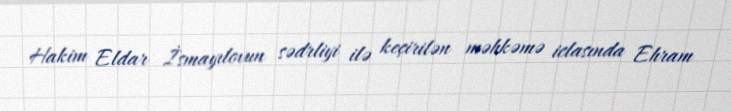
Hakim Eldar İsmayılovun sədrliyi ilə keçirilən məhkəmə iclasında Ehram